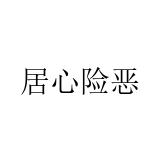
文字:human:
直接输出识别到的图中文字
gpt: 居心险恶